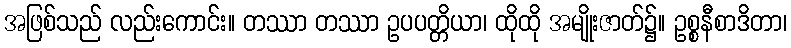
အဖြစ်သည် လည်းကောင်း။ တဿာ တဿာ ဥပပတ္တိယာ၊ ထိုထို အမျိုးဇာတ်၌။ ဥစ္စနီစာဒိတာ၊